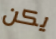
يكن